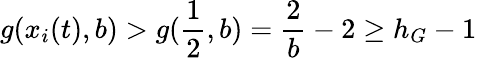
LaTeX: g(x_{i}(t),b)>g(\frac{1}{2},b)=\frac{2}{b}-2\geq h_{G}-1